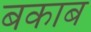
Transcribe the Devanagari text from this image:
बकाब